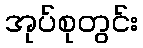
အုပ်စုတွင်း